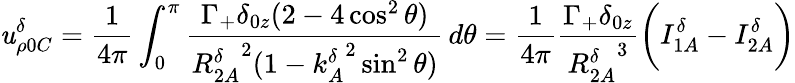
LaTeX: \mathit{u}_{\rho0C}^{\delta}=\frac{{1}}{{4\pi}}\int_{0}^{\pi}\frac{{\Gamma_{+}\delta_{0z}(2-4\cos^{2}\theta)}}{{{R_{2A}^{\delta}}^{2}(1-{k_{A}^{\delta}}^{2}\sin^{2}\theta)}}\, d\theta=\frac{{1}}{{4\pi}}\frac{{\Gamma_{+}\delta_{0z}}}{{{R_{2A}^{\delta}}^{3}}}\bigg(I_{1A}^{\delta}-I_{2A}^{\delta}\bigg)